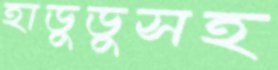
হাডুডুসহ